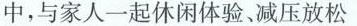
中，与家！休闲体验，减压故出境游的过程